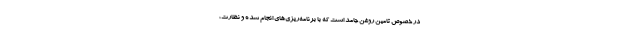
در خصوص تامین روغن جامد است که با برنامه‌ریزی‌های انجام شده و نظارت،